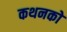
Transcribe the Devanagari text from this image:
कथनको